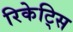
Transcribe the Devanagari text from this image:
रिकेट्सि